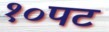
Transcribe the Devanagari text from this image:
१०पट